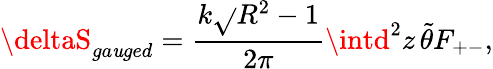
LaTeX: \deltaS_{ga\mathit{u}ged}=\frac{{k\sqrt{}{{R^{2}-1}}}}{{2\pi}}\intd^{2}z\, \tilde{{\theta}}F_{+-},